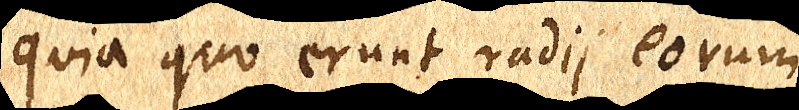
quia quo erunt radii eorum